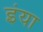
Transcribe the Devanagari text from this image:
इंया